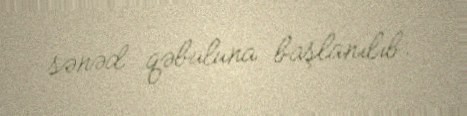
sənəd qəbuluna başlanılıb.